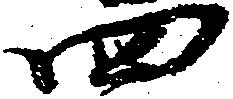
四